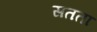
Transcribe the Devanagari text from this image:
सतता